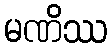
မဏိဿ